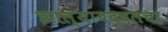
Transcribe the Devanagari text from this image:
झाल्याबद्दलचा